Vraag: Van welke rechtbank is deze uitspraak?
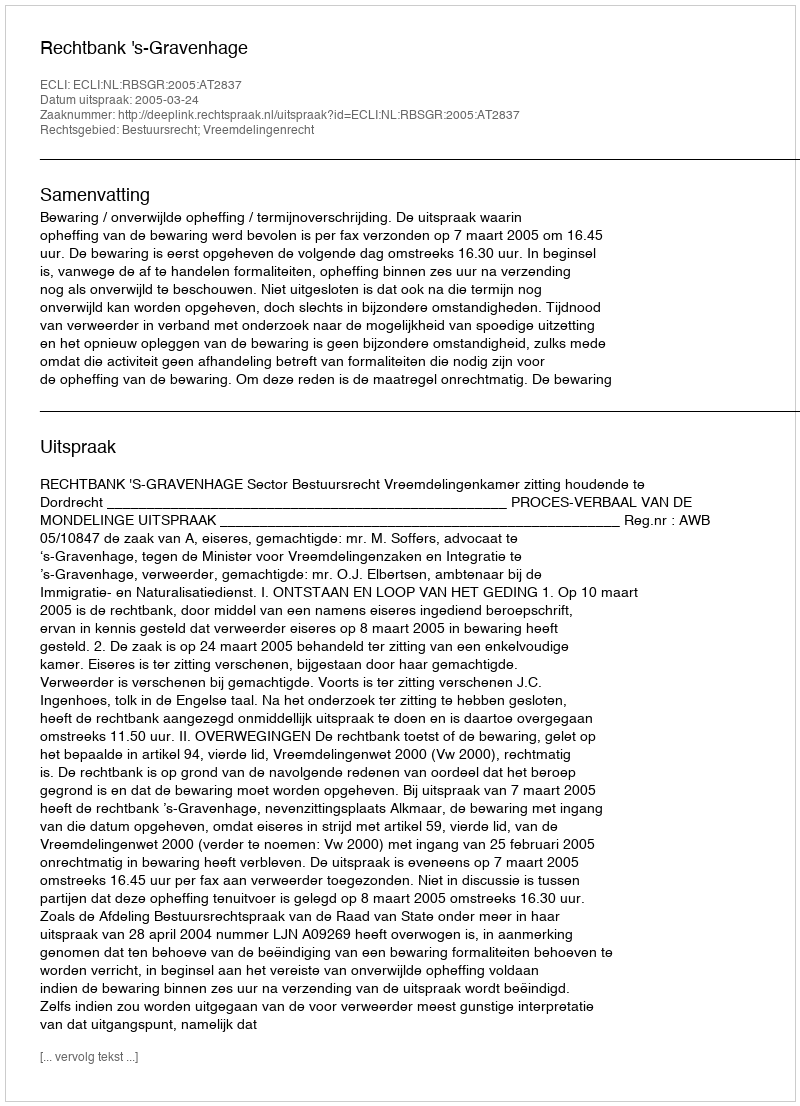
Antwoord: Rechtbank 's-Gravenhage